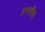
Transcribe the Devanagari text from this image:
प्रभारीत